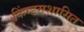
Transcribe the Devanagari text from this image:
किंग्डमशासित